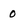
Character: 0